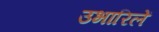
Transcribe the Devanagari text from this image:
उभारिलें